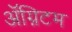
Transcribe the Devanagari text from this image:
ॲग्निटम